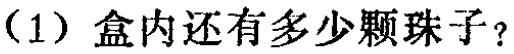
(1) 盒内还有多少颗珠子？